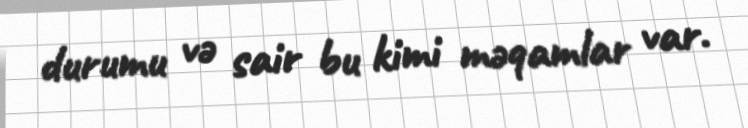
durumu və sair bu kimi məqamlar var.